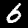
Digit: 6